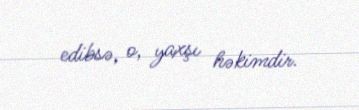
edibsə, o, yaxşı həkimdir.